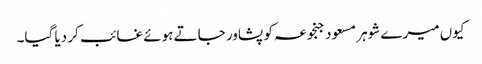
کیوں میرے شوہر مسعود جنجوعہ کو پشاور جاتے ہوئے غائب کر دیا گیا۔